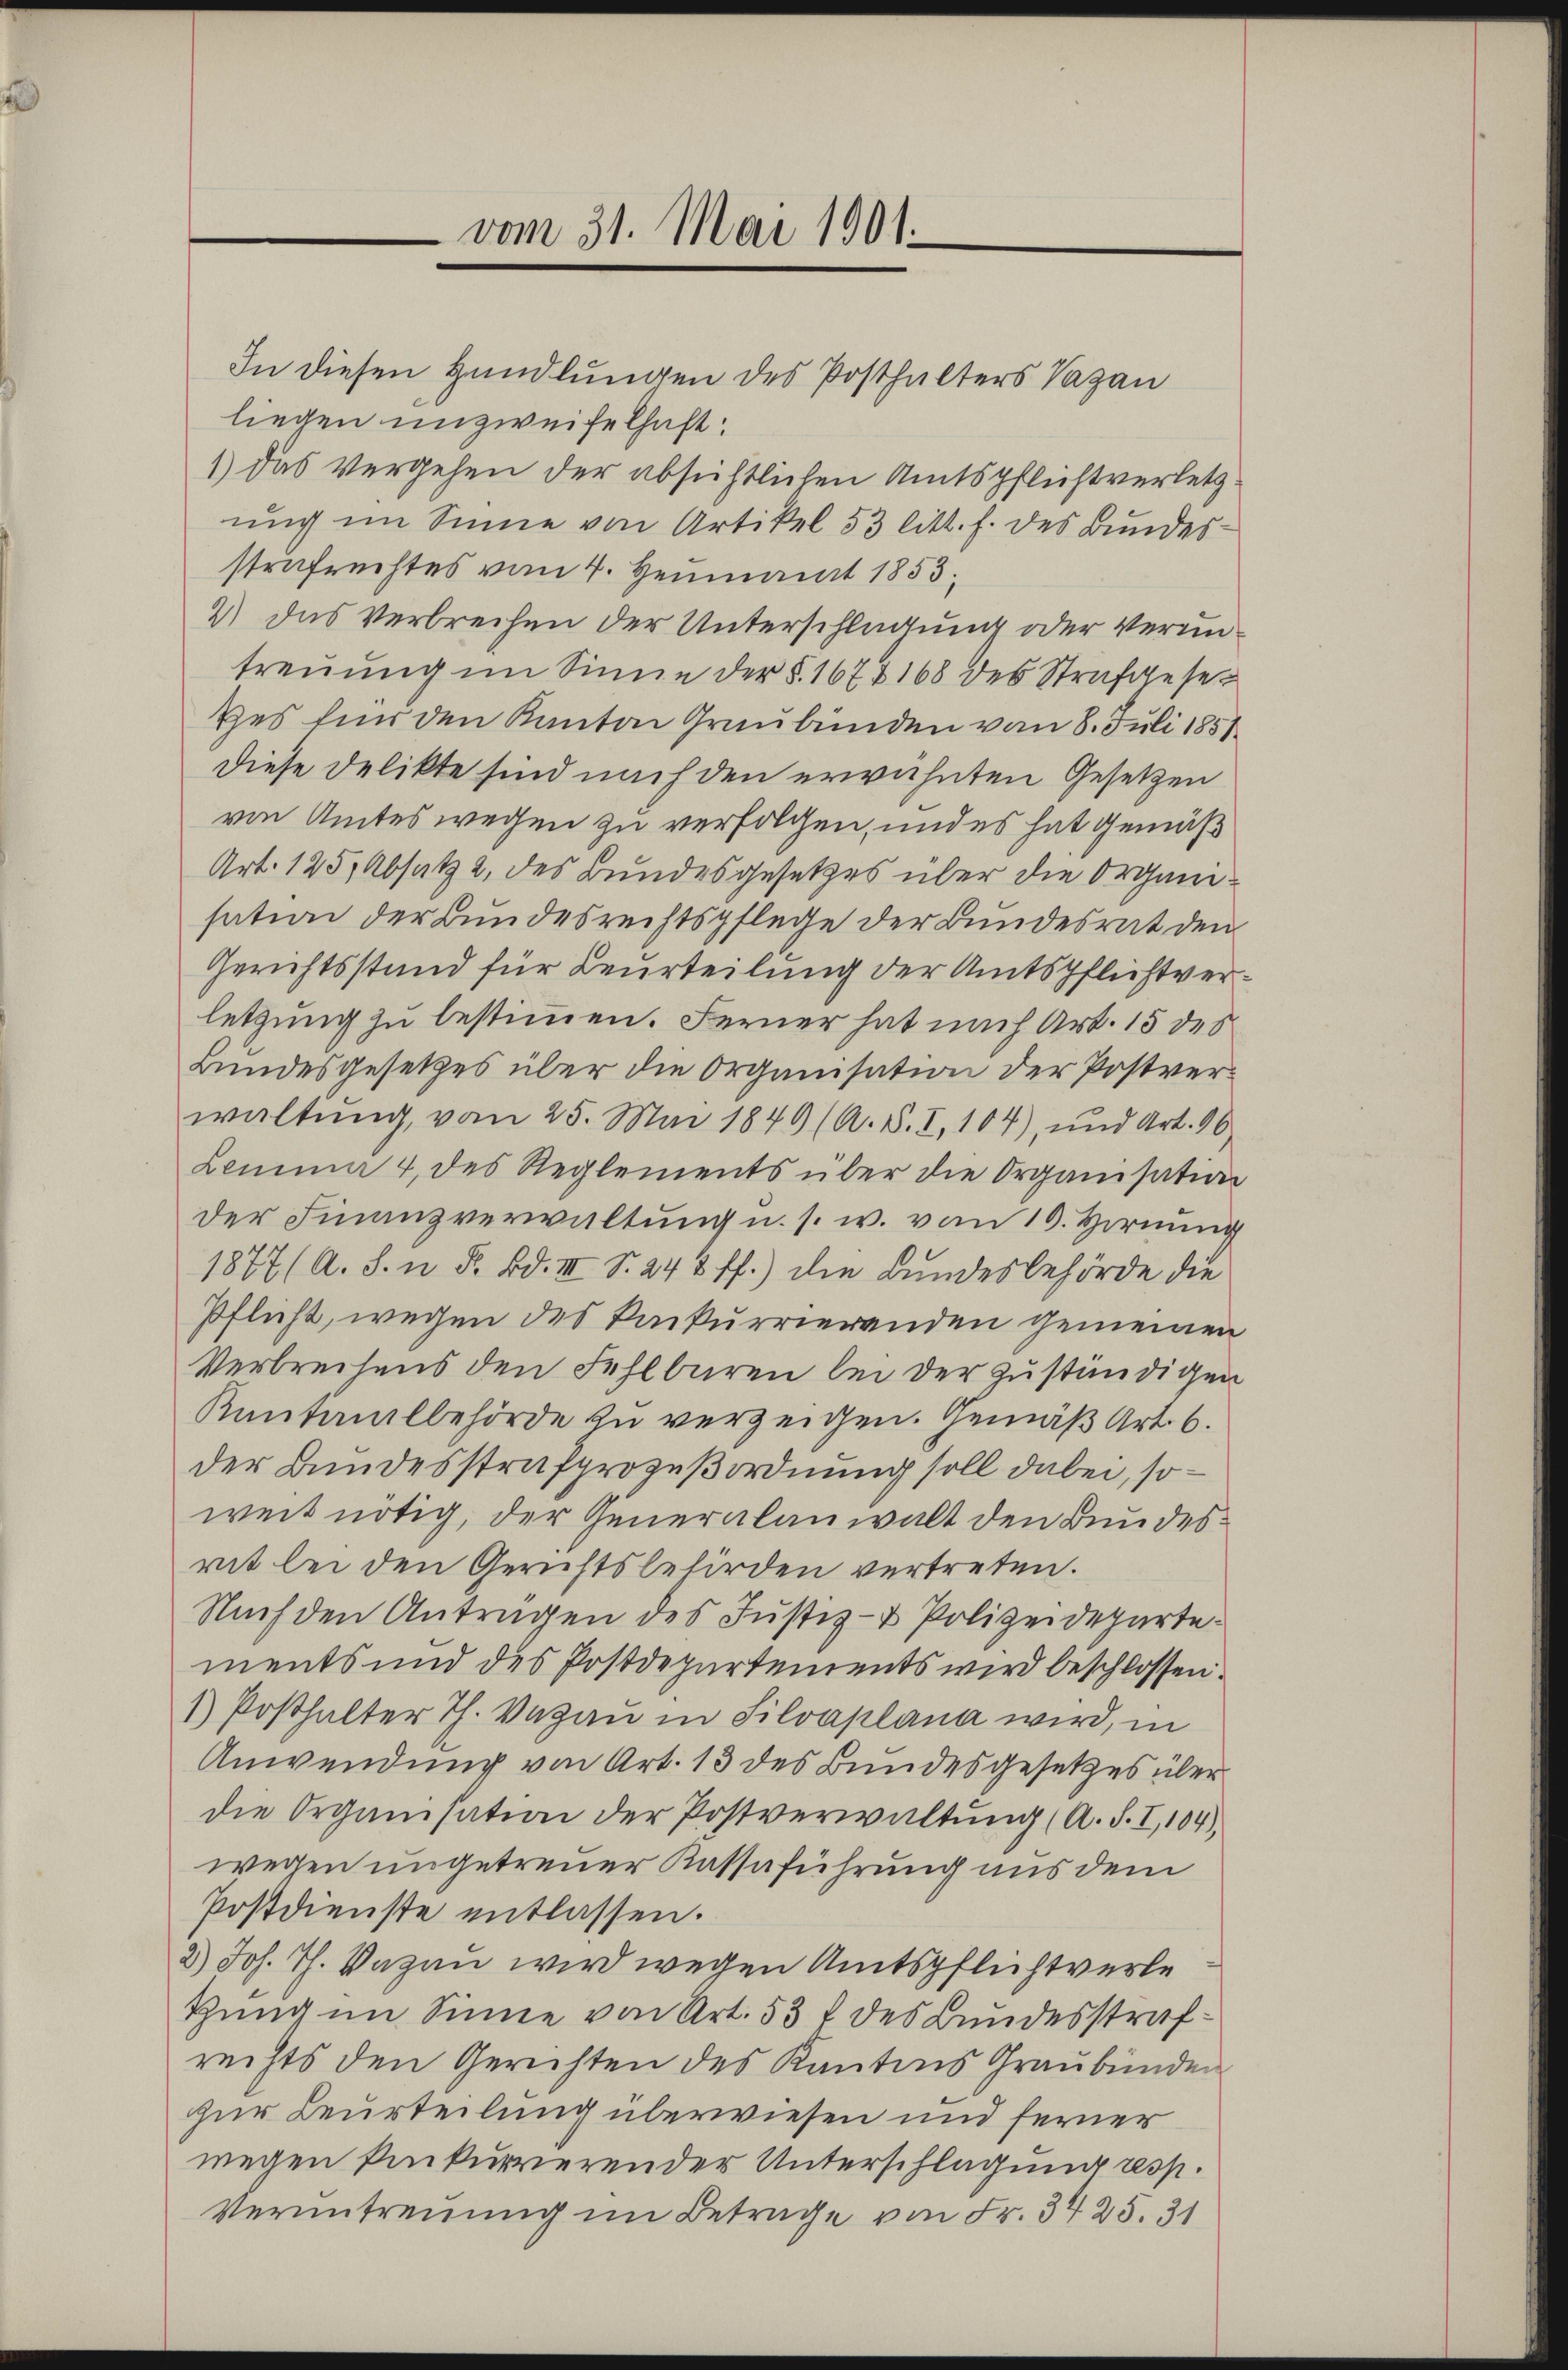
vom 31. Mai 1901.

In diesen Handlungen des Posthalters Vagan
liegen unzweifelhaft:
1) das Vergehen der absichtlichen Amtspflichtverletzung im Sinne von Artikel 53 litt. f. des Bundes-
strafrechtes vom 4. Heumant 1853,
2) das Verbrechen der Unterschlagung oder Vereintreuung im Sinne der §. 1674168 des Strafgesetes für den Kanton Graubünden vom 8. Juli 1851
Diese Delikte sind nach den erwähnten Gesetzen
von Amtes wegen zu verfolgen, und es hat gemäß
Art. 125, Absatz 2 des Bundesgesetzes über die Organisation der Bundesrechtspflege der Bundesrat den
Gerichtsstand für Beurteilung der Amtspflichtverletzung zu bestimmen. Ferner hat nach Art. 15 des
Bundesgesetzes über die Organisation der Postverwaltung, vom 25. Mai 1849 (A. S. I, 104), und Art. 96
Lemma 4 des Reglements über die Organisation
der Finanzverwaltung u. s. w. vom 10. Hornung
1877 (A. S. n. F. Bd. III S. 242 ff.) die Bundesbehörde die
Pflicht, wegen des Packurrierenden gemeinen
Verbrechens den Fehlbaren bei der zuständigen
Kantonalbehörde zu verzeigen. Gemäß Art. 6.
der Bundesstrafprozeßordnung soll dabei, so
weit nötig, der Generalanwalt den Bundesrit bei den Gerichtsbehörden vertreten.
Nach den Antragen des Justiz- & Polizeidepartements und des Postdepartements wird beschlossen.
1) Posthalter Th. Vagaŭ in Silvaplana wird, in
Anwendung von Art. 13 des Bundesgesetzes über
die Organisation der Postverwaltŭng (A. S. I,104),
wegen ungetreuer Kassaführung aus dem
Postdienste entlassen.
2.) Joh. Th. Dagau wird wegen Amtspflichtverle
tung im Sinne von Art. 53 f des Bundesstrafrechts den Gerichten des Kantons Graubünden
zur Beurteilung überwiesen und ferner
wegen konkurrierender Unterschlagung resp.
Verantreuung im Betrage von Fr. 3425. 31